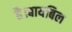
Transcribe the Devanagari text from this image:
है।बायबिल